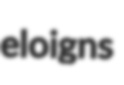
eloigns